Annual vaccination report of Bihar and Orissa - 1911-1928
Year: 1911
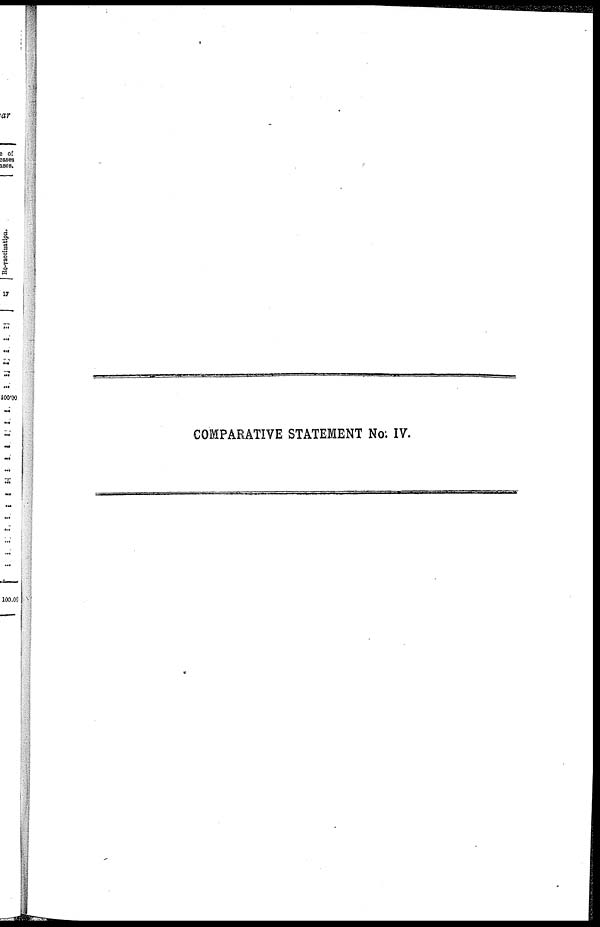
COMPARATIVE STATEMENT No: IV.